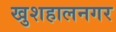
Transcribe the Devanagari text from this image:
खुशहालनगर